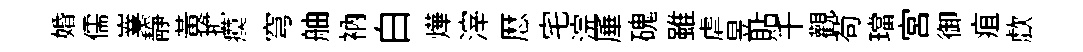
婚儒嶪靜黃擔瘼穹舳衲白燁滓厯宅浣厜磈雖虐昱貼千觀茍璫宫御疽歔